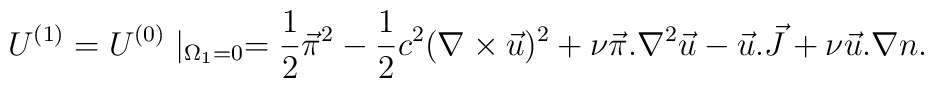
U^{(1)} = U^{(0)}\mid_{\Omega_1=0} = {1\over 2} \vec \pi^2 - {1\over 2}c^2(\nabla \times \vec u)^2 + \nu \vec \pi . \nabla^2 \vec u -\vec u . \vec J + \nu \vec u . \nabla n.